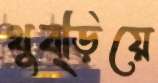
থুব্‌ড়িয়ে